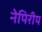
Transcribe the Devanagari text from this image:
नेपिरीय